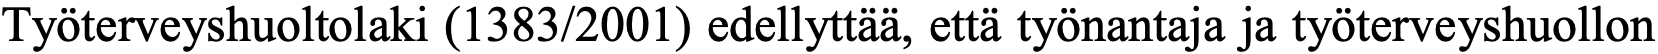
Työterveyshuoltolaki (1383/2001) edellyttää, että työnantaja ja työterveyshuollon